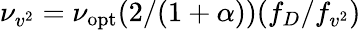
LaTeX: \nu_{v^{2}}=\nu_{\mathrm{opt}}(2/(1+\alpha))(f_{D}/f_{v^{2}})